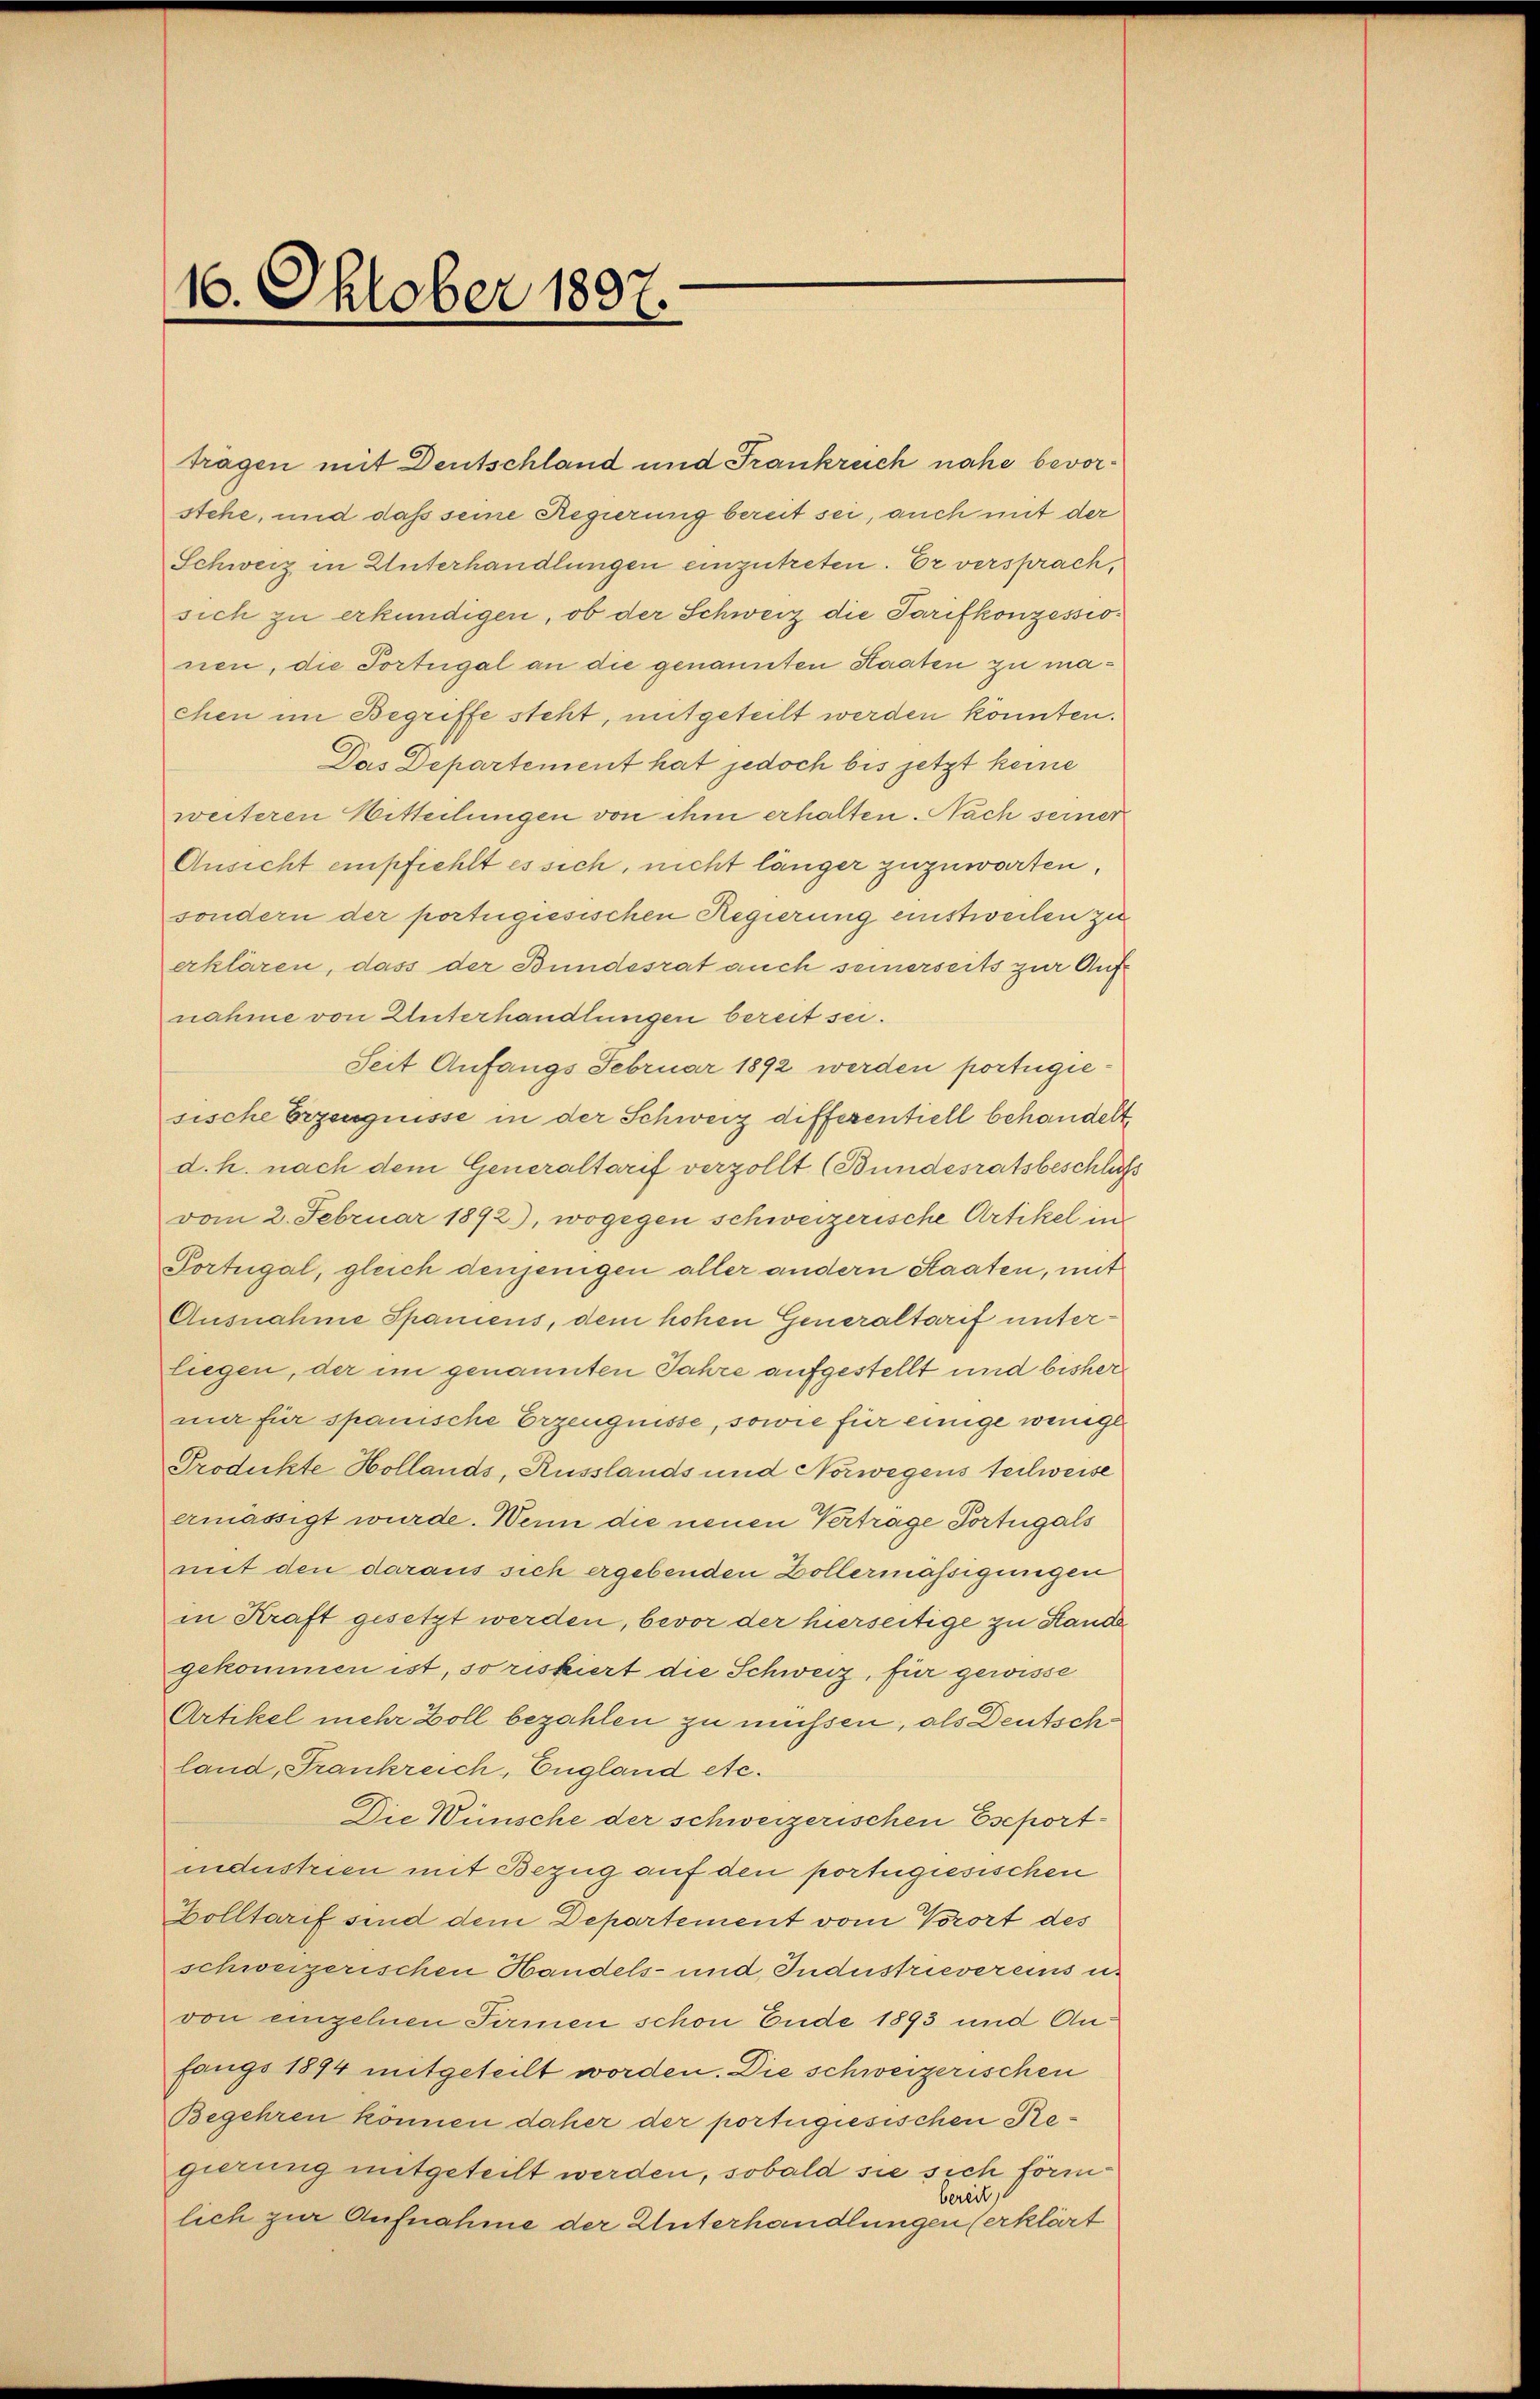
16. Oktober 1897.

trägen mit Deutschland und Frankreich nahe bevorstehe, und daß seine Regierung bereit sei, auch mit der
Schweiz in Unterhandlungen einzutreten. Er versprach,
sich zu erkundigen, ob der Schweiz die Tarifkonzessionen, die Tortugal an die genannten Staaten zu machen im Begriffe steht, mitgeteilt werden könnten.
Das Departement hat jedoch bis jetzt keine
weiteren Bitteilungen von ihm erhalten. Nach seiner
Ansicht empfiehlt es sich, nicht länger zuzuwarten,
sondern der portugiesischen Regierung einstweilen zu
erklären, dass der Bundesrat auch seinerseits zur Aufnahme von Unterhandlungen bereit sei.
Seit Anfangs Februar 1892 werden portugiesische Erzeugnisse in der Schweiz differentiell behandelt
d. h. nach dem Generaltarif verzollt (Bundesratsbeschluss
vom 2. Februar 1892), wogegen schweizerische Artikel in
Portugal, gleich denjenigen aller andern Staaten, mit
Ausnahme Spaniens, dem hohen Generaltarif unterliegen, der im genannten Jahre aufgestellt und bisher
ni für spanische Erzeugnisse, sowie für einige wenige
Produkte Hollands, Russlands und Norwegens teilweise
ermässigt wurde. Wenn die neuen Vertrage Portugals
mit den daraus sich ergebenden Zollermässigungen
in Kraft gesetzt werden, bevor der hierseitige zu Hande
gekommen ist, so riskiert die Schweiz, für gewisse
Artikel mehr Zoll bezahlen zu müssen, als Deutsch
land, Frankreich, England etc.
Die Wünsche der schweizerischen Eseportindustrien mit Bezug auf den portugisischen
Zolltarif sind dem Departement vom Vorort des
schweizerischen Handels- und Industrievereins u.
von einzelnen Firmen schon Ende 1893 und Anfangs 1894 mitgeteilt worden. Die schweizerischen
Begehren können daher der portugiesischen Regierung mitgeteilt werden, sobald sie sich förmbereit
lich zur Aufnahme der Unterhandlungen (erklärt